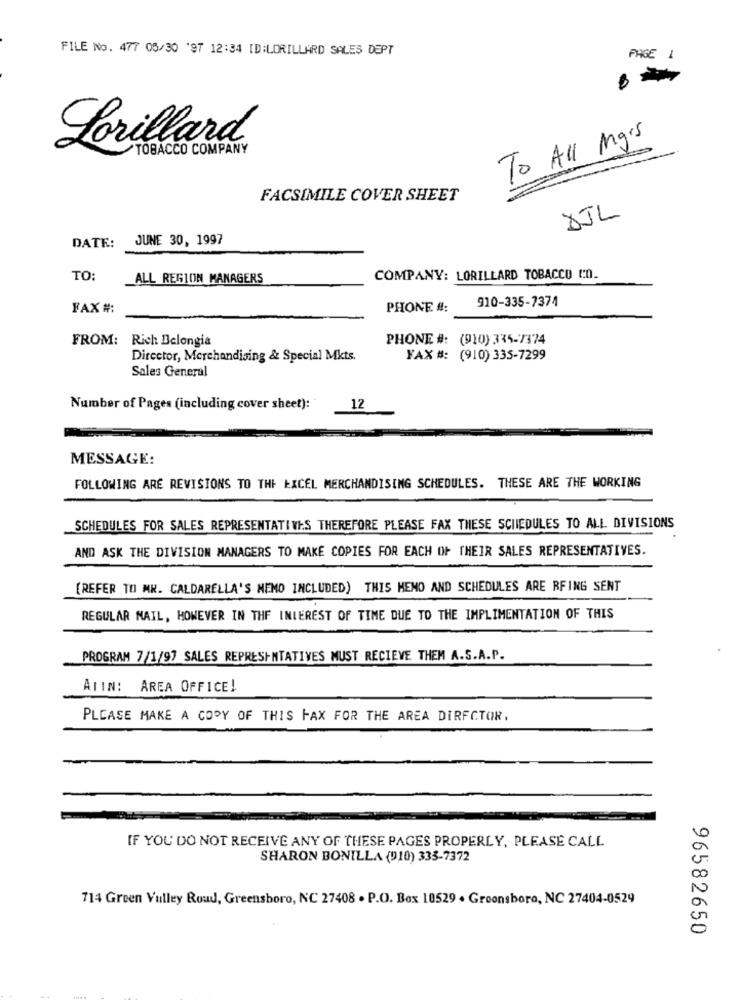
FILE No. 477 05/30 '97 12:34 ID:LORILLARD SALES DEPT
PAGE 1
To All mgrs
Lorillard
TOBACCO COMPANY
FACSIMILE COVER SHEET
DJL
JUNE 30, 1997
DATE:
TO:
ALL REGION MANAGERS
COMPANY: LORILLARD TOBACCO In.
910-335-7374
FAX #:
PHONE #:
FROM:
Rich Belongia
PHONE #: (910) 335-7374
Director, Merchandising & Special Mkts.
FAX #: (910) 335-7299
Sales General
Number of Pages (including cover sheet):
12
MESSAGE:
FOLLOWING ARE REVISIONS TO THE EXCEL MERCHANDISING SCHEDULES. THESE ARE THE WORKING
SCHEDULES FOR SALES REPRESENTATIVES THEREFORE PLEASE FAX THESE SCHEDULES TO ALL DIVISIONS
AND ASK THE DIVISION MANAGERS TO MAKE COPIES FOR EACH OF THEIR SALES REPRESENTATIVES.
[REFER TO MR. CALDARELLA'S MEMO INCLUDED) THIS MEMO AND SCHEDULES ARE RFING SENT
REGULAR NAIL, HOWEVER IN THE INTEREST OF TIME DUE TO THE IMPLIMENTATION OF THIS
PROGRAM 7/1/97 SALES REPRESENTATIVES MUST RECIEVE THEM A.S.A.P.
AIIN: AREA OFFICE!
PLEASE MAKE A COPY OF THIS FAX FOR THE AREA DIRECTOR,
IF YOU DO NOT RECEIVE ANY OF THESE PAGES PROPERLY, PLEASE CALL
SHARON BONILLA (910) 333-7372
714 Green Valley Roud, Greensboro, NC 27408 . P.O. Box 10529 . Greensboro, NC 27404-0529
96582650